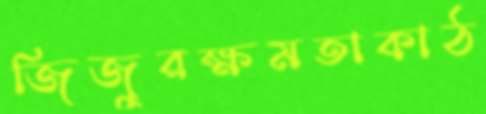
জিজুরক্ষমতাকাঠ